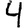
Digit: 4